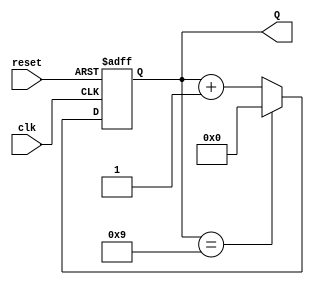
module decade_counter (
    input wire clk,           // Clock input
    input wire reset,         // Asynchronous reset input
    output reg [3:0] Q        // 4-bit output for the counter
);

    // Always block for the synchronous logic
    always @(posedge clk or posedge reset) begin
        if (reset) begin
            Q <= 4'b0000;     // Reset the counter to 0
        end else begin
            if (Q == 4'b1001) begin
                Q <= 4'b0000; // Reset the counter to 0 after reaching 9
            end else begin
                Q <= Q + 1;    // Increment the counter
            end
        end
    end

endmodule